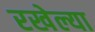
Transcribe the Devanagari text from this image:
रखेल्या